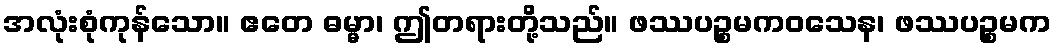
အလုံးစုံကုန်သော။ ဧတေ ဓမ္မာ၊ ဤတရားတို့သည်။ ဖဿပဉ္စမကဝသေန၊ ဖဿပဉ္စမက